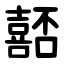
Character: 嚭